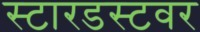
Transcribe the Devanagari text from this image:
स्टारडस्टवर